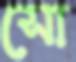
সো